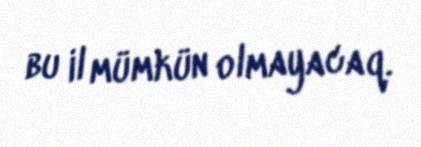
bu il mümkün olmayacaq.